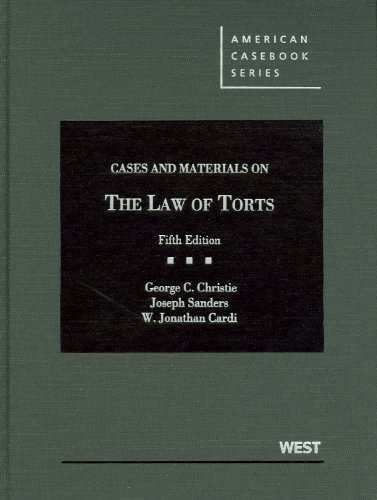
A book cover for Cases and Materials on the Law of Torts (American Casebook Series); George Christie; Law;